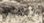
حصلوا